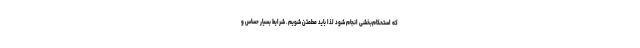
که استحکام‌بخشی انجام شود لذا باید مطمئن شویم. شرایط بسیار حساس و